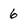
Character: 6